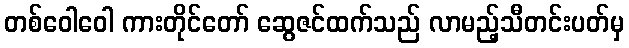
တစ်ဝေါဝေါ ကားတိုင်တော် ဆွေဇင်ထက်သည် လာမည့်သီတင်းပတ်မှ